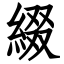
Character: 綴